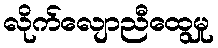
လိုက်လျောညီထွေမှု